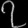
Digit: ၇